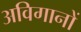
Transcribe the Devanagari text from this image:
अविगानों